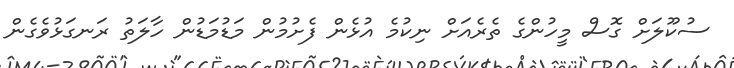
ސުކޫލަށް ގޮސް މީހުންގެ ތެރެއަށް ނިކުމެ އުޅެން ފެށުމުން މަޑުމަޑުން ހާލަތު ރަނގަޅުވެގެން